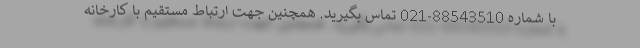
با شماره 88543510-021 تماس بگیرید. همچنین جهت ارتباط مستقیم با کارخانه